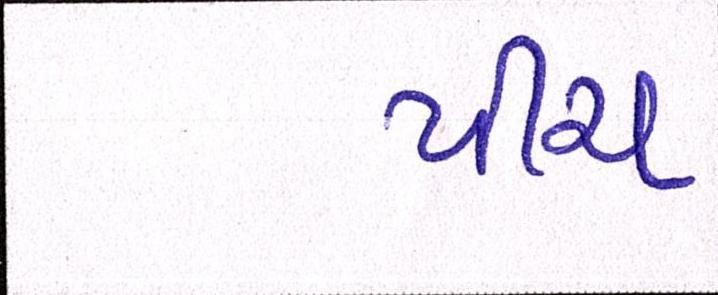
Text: પીચ